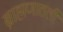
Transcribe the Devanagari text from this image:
ब्राह्मणातली